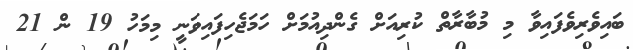
ބައިވެރިވެފައިވާ މި މުބާރާތް ކުރިއަށް ގެންދިއުމަށް ހަމަޖެހިފައިވަނީ މިމަހު 19 ން 21